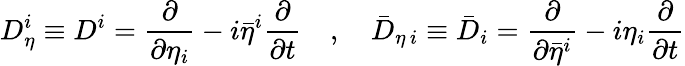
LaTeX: D_{\eta}^{i}\equiv D^{i}=\frac{\partial}{\partial\eta_{i}}-i\bar{\eta}^{i}\frac{\partial}{\partial t}\quad,\quad\bar{D}_{\eta\, i}\equiv\bar{D}_{i}=\frac{\partial}{\partial\bar{\eta}^{i}}-i\eta_{i}\frac{\partial}{\partial t}